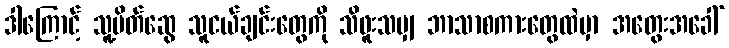
ဒါကြောင့် သူ့မိတ်ဆွေ သူငယ်ချင်းတွေကို သိဖူးသမျှ ဘာသာစကားတွေထဲမှာ အတွေးအခေါ်